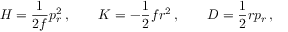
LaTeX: H = { \frac { 1 } { 2 f } } p _ { r } ^ { 2 } \, , \qquad K = - { \frac { 1 } { 2 } } f r ^ { 2 } \, , \qquad D = { \frac { 1 } { 2 } } r p _ { r } \, ,